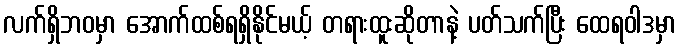
လက်ရှိဘဝမှာ အောက်ထစ်ရရှိနိုင်မယ့် တရားထူးဆိုတာနဲ့ ပတ်သက်ပြီး ထေရဝါဒမှာ